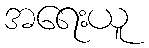
အရေးယူ